Civil Veterinary Department. Madras. Admin. report 1926-33 - 1926-1933
Year: 1926
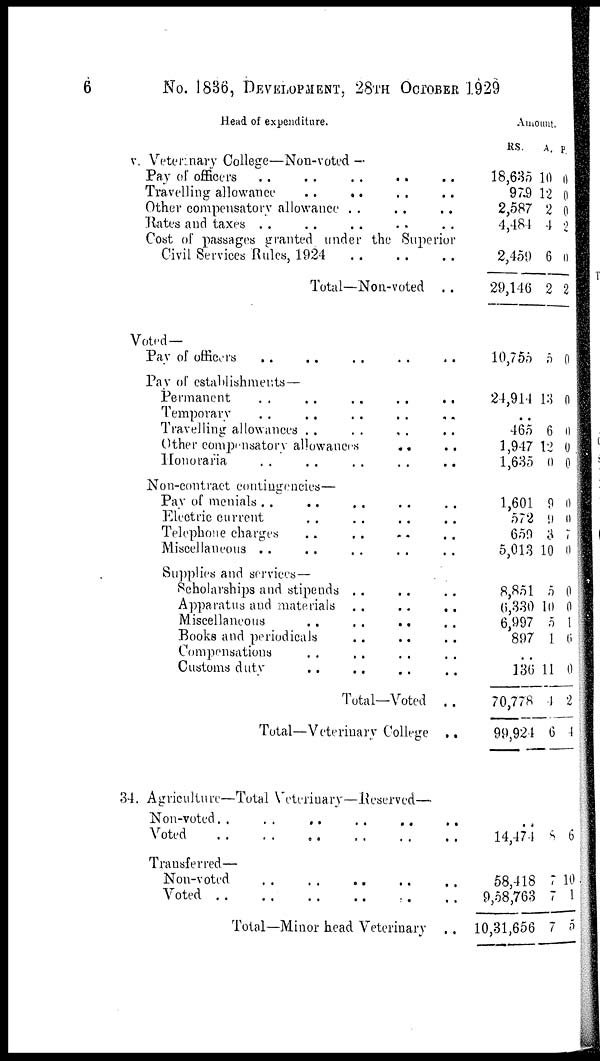
6
No. 1836, DEVELOPMENT, 28TH OCTOBER 1929
Head of expenditure.
v. Veterinary College—Non-voted—
Pay of officers .. .. .. .. ..
Other compensatory allowance .. .. ..
Kates and taxes .. .. .. .. ..
Cost of passages granted under the Superior
Civil Services Rules, 1924
Total—Non-voted
..
Amount.
RS.
18,635
979
2,587
4,484
2,459
29,146
A.
10
12
2
4
6
2
P.
0
0
0
2
0
2
Voted —
Pay of officers .. .. .. ..
Pay of establishments—
Permanent .. .. .. ..
Temporary .. .. .. .. ..
Travelling allowances .. .. .. ..
Other compensatory allowances .. ..
Honoraria .. .. .. .. ..
Non-contract contingencies—
Pay of menials .. .. .. .. ..
Electric current .. .. .. ..
Telephone charges .. ..
Miscellaneous .. .. .. .. ..
Supplies and services—
Scholarships and stipends .. ..
Apparatus and materials .. .. ..
Miscellaneous .. .. .. ..
Books and periodicals .. ..
Compensations .. .. .. ..
Customs duty .. .. .. ..
Total—Voted
..
Total—Veterinary College ..
10,755
24,914
..
465
1,947
1,635
1,601
572
659
5,013
8,851
0,330
6,997
897
..
136
70,778
99,924
5
13
6
12
0
9
9
3
10
5
10
5
1
11
4
6
0
0
0
0
0
0
0
7
0
0
0
1
6
0
2
4
34. Agriculture—Total Veterinary—Reserved—
Non-voted .. .. .. ..
Voted .. .. .. .. .. ..
Transferred—
Non-voted .. .. .. .. .. ..
Voted .. .. .. .. .. ..
Total—Minor head Veterinary
14,474
58,418
9,58,763
10,31,656
8
7
7
7
6
10
1
5